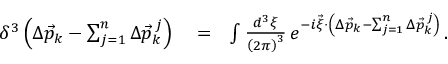
\begin{array} { r l r } { \delta ^ { 3 } \left( \Delta \vec { p } _ { k } - \sum _ { j = 1 } ^ { n } \Delta \vec { p } _ { k } ^ { \, j } \right) } & { { } = } & { \int \frac { d ^ { 3 } \xi } { \left( 2 \pi \right) ^ { 3 } } \, e ^ { - i \vec { \xi } \cdot \left( \Delta \vec { p } _ { k } - \sum _ { j = 1 } ^ { n } \Delta \vec { p } _ { k } ^ { \, j } \right) } \, . } \end{array}